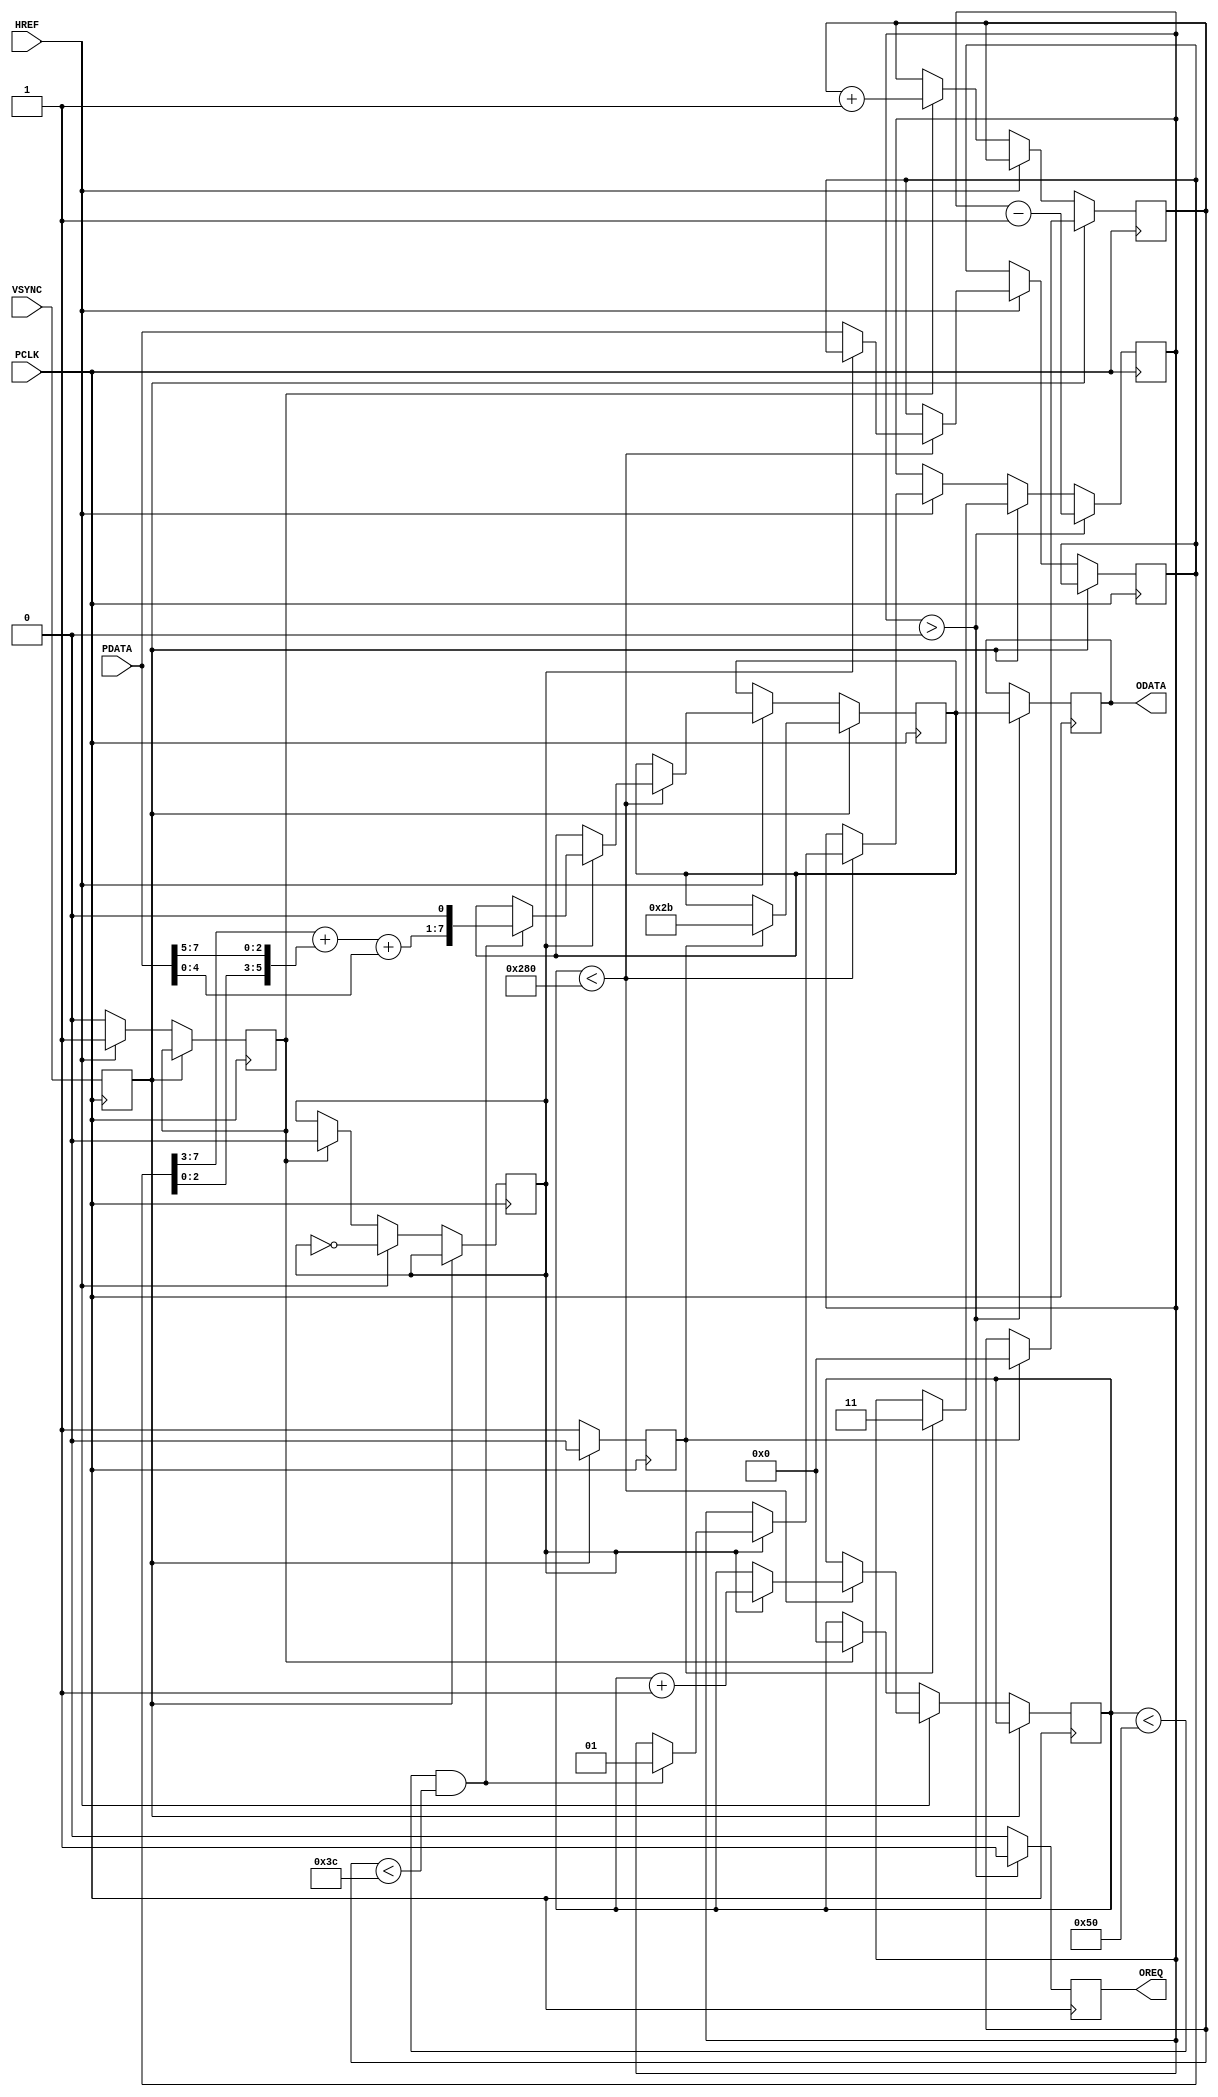
module CamRam(
	input PCLK,
	input HREF,
	input VSYNC,
	input[7:0] PDATA,
	output reg[7:0] ODATA,
	output reg OREQ
	//input 
);

parameter pLineSize = 640;
parameter pLineCount = 8;

//reg[7:0] mem[pLineSize - 1:0][pLineCount - 1:0];
reg[9:0] x, y;
reg vsync;
reg[1:0] ctr;
reg[7:0] symbol;
reg[7:0] hi;
reg vs, hs, b;
reg[11:0] tmp;

always @(posedge PCLK) begin
	if (vsync) begin
		if (vs) begin
			symbol <= "+"; //   
			ctr <= 3;
			vs <= 0;
			y <= 0;
		end
	end else begin
		vs <= 1;
		if (HREF) begin
			if (x < pLineSize) begin
				if (b) begin
					if (x < 80 && y < 60) begin
					//if (x[2:0] == 0 && y[2:0] == 0) begin
						symbol <= (hi[7:3] + {hi[2:0], PDATA[7:5]} + PDATA[4:0]) << 1; // RGB
						//symbol <= tmp >> 2;//(tmp >> 2);
						tmp <= 0;
						ctr <= 1;
					end else tmp = tmp + (hi[7:3] + {hi[2:0], PDATA[7:5]} + PDATA[4:0]);
					x <= x + 1'b1;
				end else hi = PDATA;
			end;
			b <= ~b;
			hs <= 1;
		end else if(hs) begin
			/*if (y[2:0] == 0) begin
				symbol <= "-"; //   
				ctr <= 1;
			end*/
			hs <= 0;
			x <= 0;
			y <= y + 1'b1;
			b <= 0;
		end
	end
	if (ctr > 0) begin
		OREQ <= 1'b1;
		ODATA <= symbol;
		ctr <= ctr - 1'b1;
	end else OREQ = 1'b0;
	vsync <= VSYNC;
end


endmodule